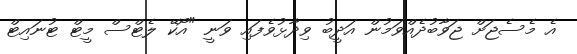
އެ މެސެޖަށް ޖަވާބުދެއްވަމުން އަދީބު ވިދާޅުވެފައި ވަނީ "އޯކޭ ލެޓްސް މީޓް ޓުނައިޓް